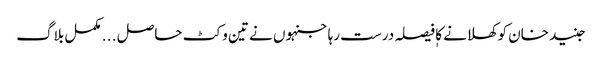
جنید خان کوکھلانے کا فیصلہ درست رہا جنہوں نے تین وکٹ حاصل . . . مکمل بلاگ